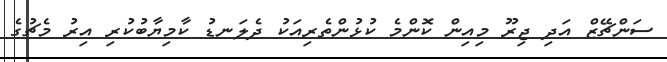
ސަންޗޭޒް އަދި ޖިރޫ މިއިން ކޮންމެ ކުޅުންތެރިއަކު ދެލަނޑު ކާމިޔާބުކުރި އިރު މެޗުގެ